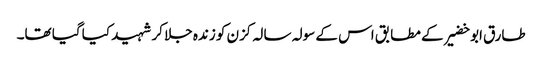
طارق ابو خضیر کے مطابق اس کے سولہ سالہ کزن کو زندہ جلا کر شہید کیا گیا تھا۔